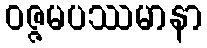
ဝဇ္ဇမပဿမာနာ